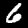
Label: 6